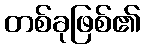
တစ်ခုဖြစ်၏